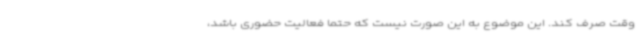
وقت صرف کند. این موضوع به این صورت نیست که حتما فعالیت حضوری باشد،